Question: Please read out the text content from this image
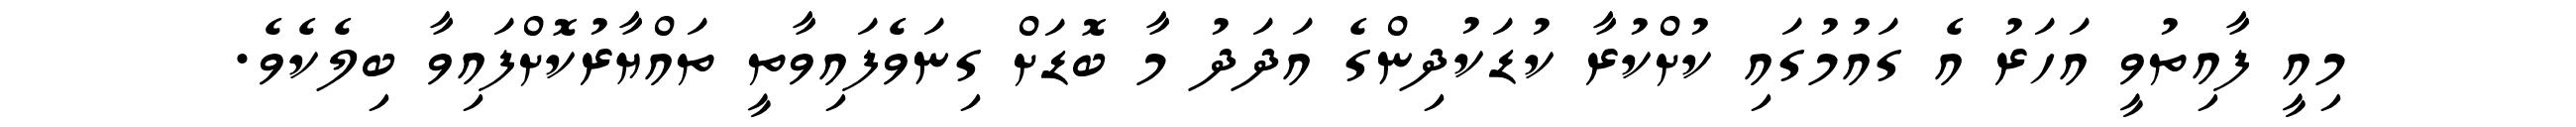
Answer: މިއީ ފާއިތުވީ އަހަރު އެ ގައުމުގައި ކުށްކުރާ ކުޑަކުދިންގެ އަދަދު މާ ބޮޑަށް ގިނަވެފައިވާތީ ތައްޔާރުކޮށްފައިވާ ބިލެކެވެ.